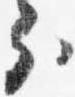
分